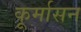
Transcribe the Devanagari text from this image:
कूर्मासन